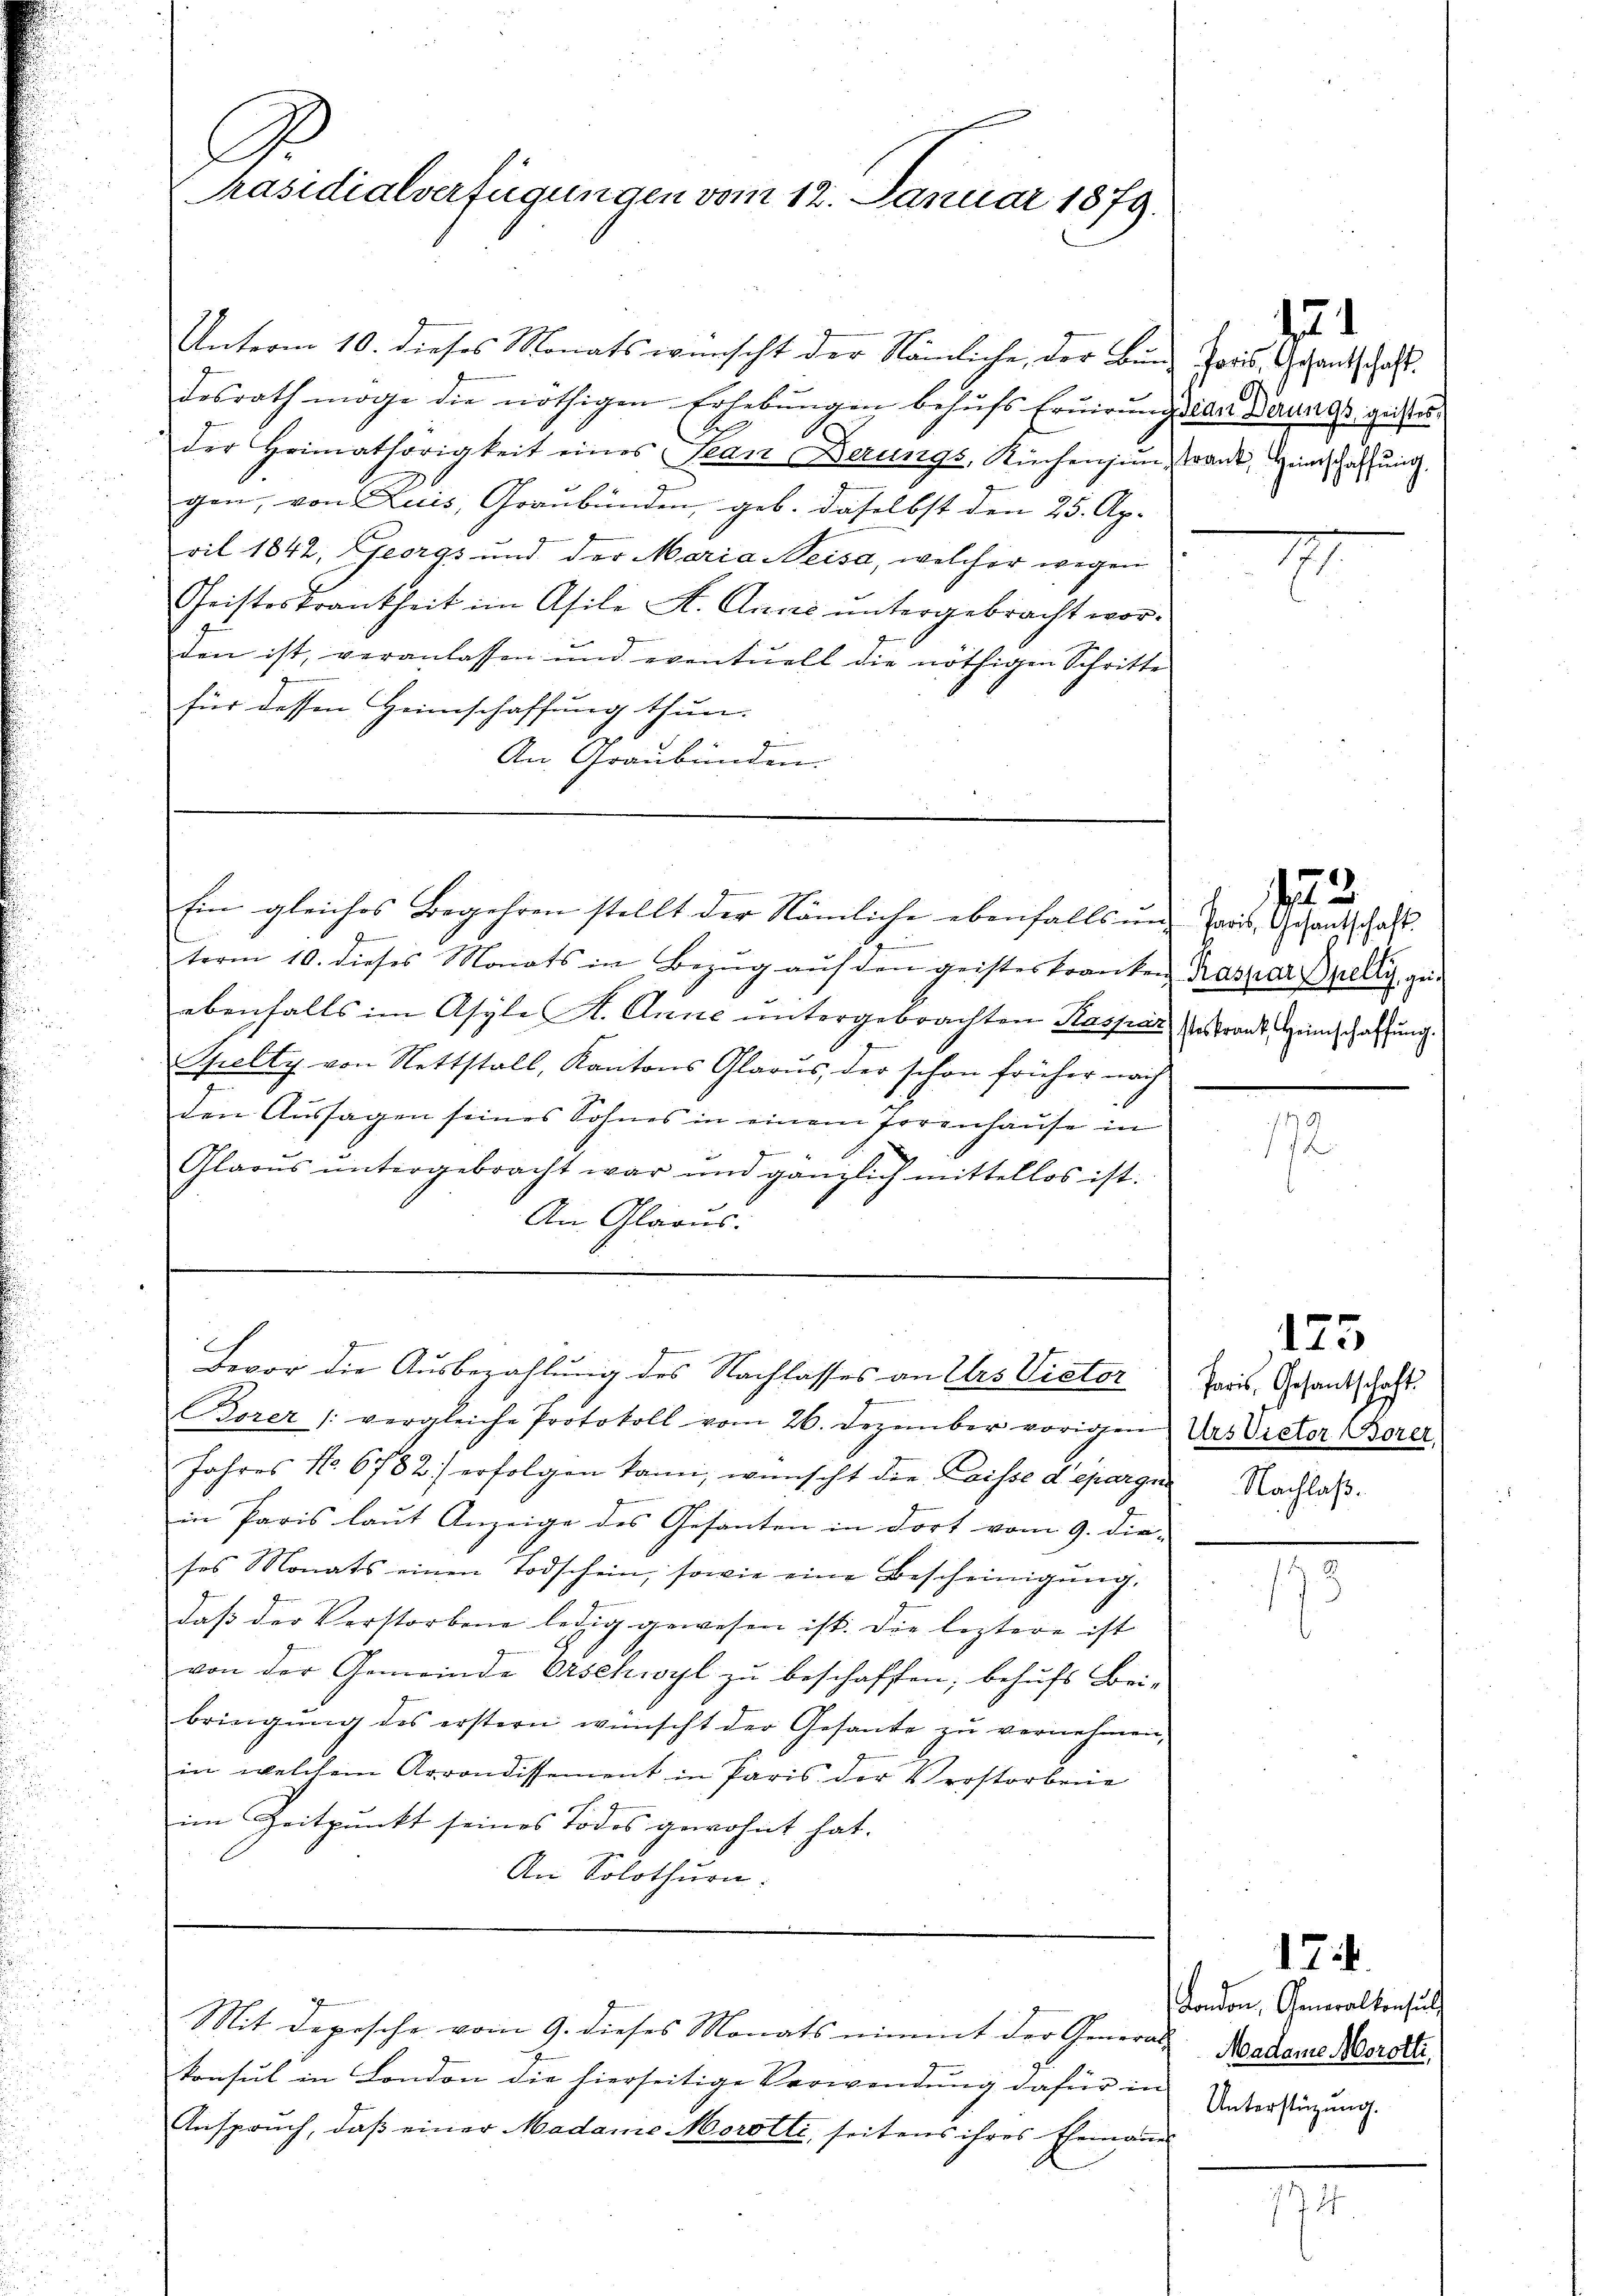
Unterm 10. dieses Monats wünscht der Nämliche, der Bund Pors. Gesandtschaft.
desrath möge die nöthigen Erlebŭngen behŭfs Erŭirŭng der Berungs geister
der Heimathörigkeit eines Plan Berungs, Richensum, tant, Heinschaffung
gen, von Luis, Graubünden, geb. daselbst den 25. Ap-
ril 1842, Georgs und der Maria Neisa, welcher wegen
Christeskrankheit im Asili A. Anne untergebracht wor-
den ist, veranlassen und eventuell die nöthigen Schritte
für dessen Heimschaffung thun.
An Graubünden.

C
Präsidialverfügungen vom 12. Januar 1879.

Ein gleiches Begehren stellt der Nämliche ebenfalls und Haas Gesandt hast. |
G

term 10. dieses Monats in Bezŭg aŭf den geisteskranken Kaspar Delly, ge-
ebenfalls im Asyle H. Anne untergebrachten Kaspar estrant, Heimschaffung
Spelty von Nettstall, Kantons Glarus, der schon früher nach
den Aussagen seines Sohnes in einem Torenhause in
gen
Glaŭs ŭntergebracht war ŭm gänzlich mittellos ist.
An Glarus:

z
Bevor die Ausbezahlung des Nachlasses an Urs Victor

Mit Depesche vom 9. dieses Monats nimmt der General- Badene Morali

Borer /: vergleiche Protokoll vom 26. Dezember vorigen des Victor Borer
Jahres No. 6782) erfolgen kann, wünscht der Laisse depargn
in Paris laut Anzeige des Gesanten in dort vom 9. die-
ses Monats einen Todschein, sowie eine Bescheinigŭng.
daß der Verstorbene ledig gewesen ist. Die leztere ist
von der Gemeinde Erschwyl zŭ beschaffen, behŭfs Bei-
bringung des erstern wünscht der Gesante zu vernehmen,
in welchem Arrondissement in Paris der Verstorbene
im Zeitpunkt seines Todes gewohnt hat.
An Solothurn

konsul in London die hierseitige Verwendung dafür in Unterstützung.
Anspruch, daß einer Madame Morotti, seitens ihres Ehemanne

Nachte

7

11
9

122.

173
Paris, Gesantschaft.

9.3

aß.

17
London, Generaltensuch